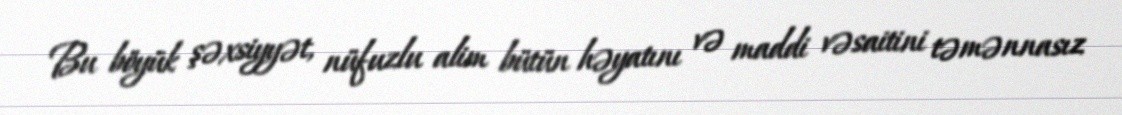
Bu böyük şəxsiyyət, nüfuzlu alim bütün həyatını və maddi vəsaitini təmənnasız